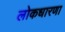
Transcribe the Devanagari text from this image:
लोकधारणा